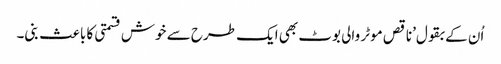
اُن کے بقول’ناقص موٹر والی بوٹ بھی ایک طرح سے خوش قسمتی کا باعث بنی۔